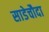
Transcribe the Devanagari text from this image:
साडेचौदा